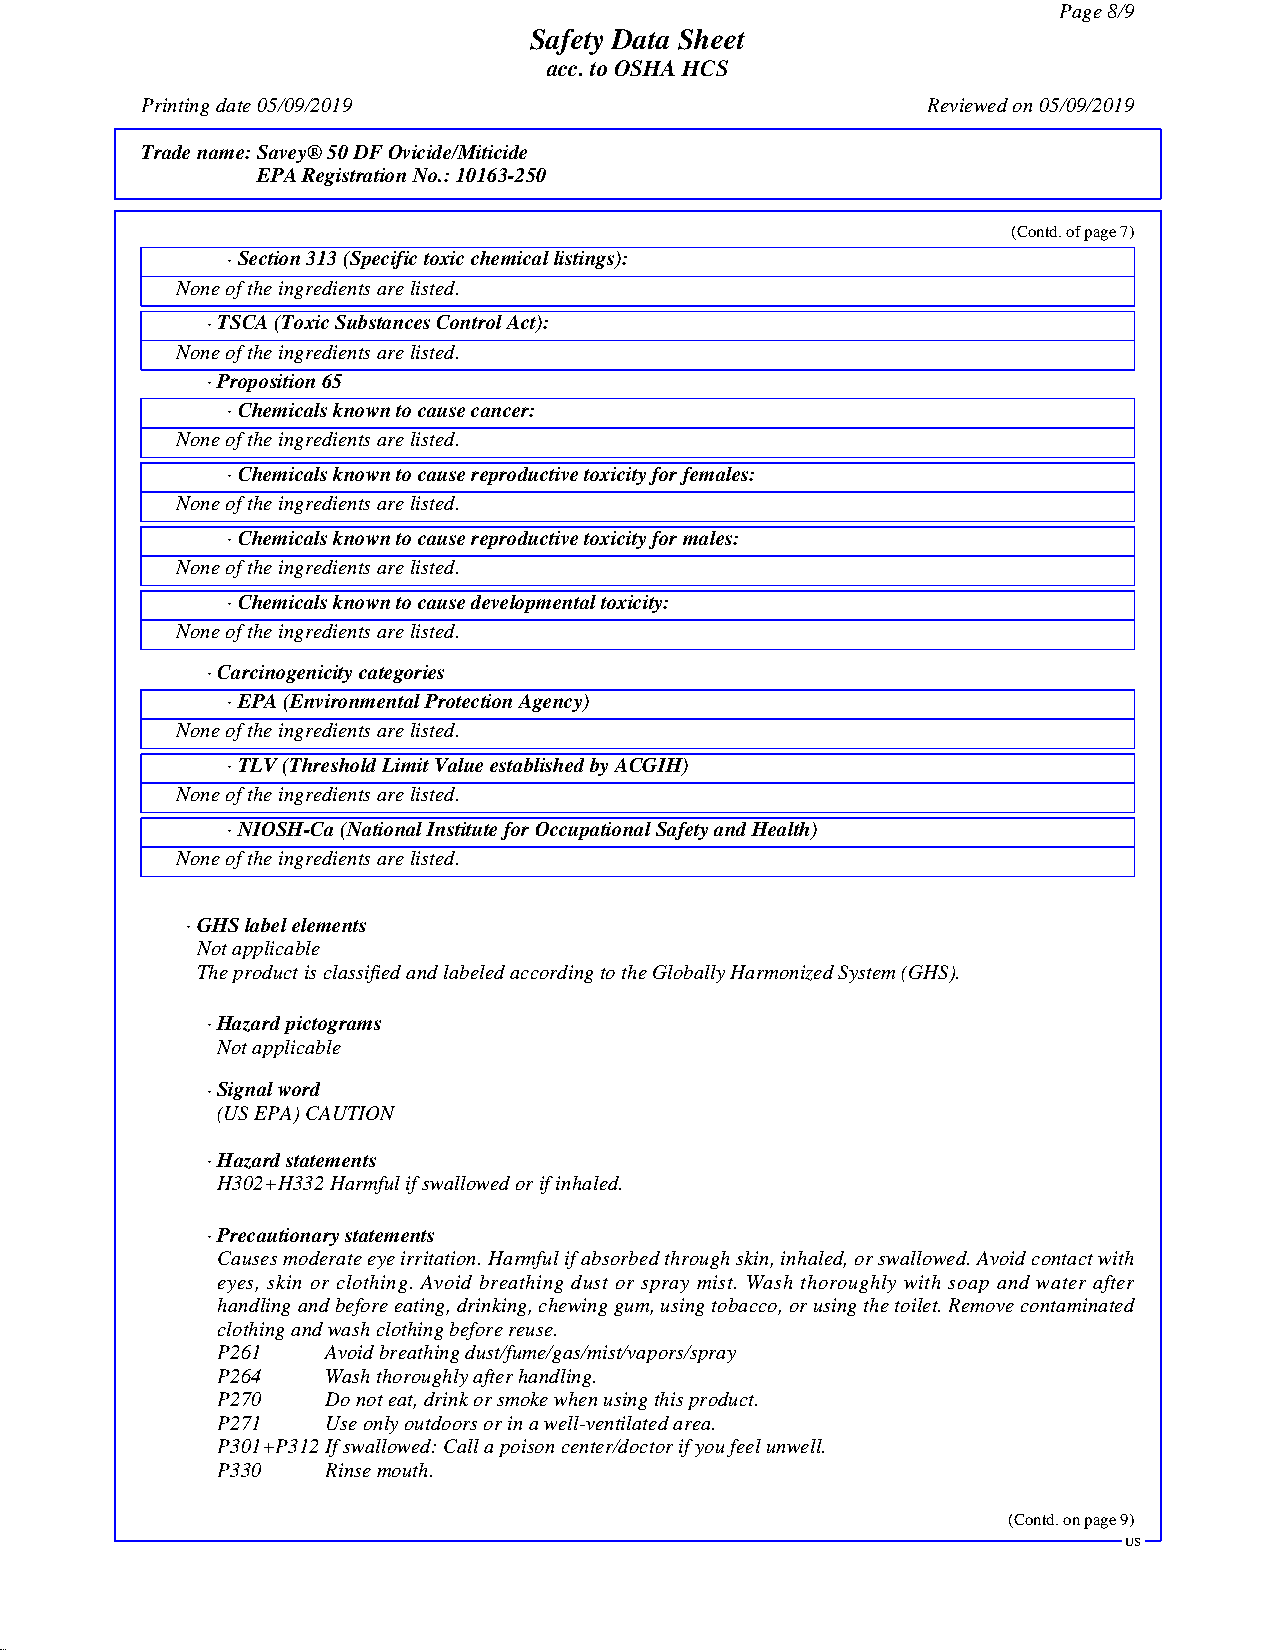
Page8/9
 Safety Data Sheet
 acc.toOSHAHCS
 Printingdate05/09/2019                              Reviewedon05/09/2019
 Tradename:Savey®50DFOvicide/Miticide
 EPARegistrationNo.:10163-250
 (Contd.ofpage7)
 ·Section313(Specifictoxicchemicallistings):
 Noneoftheingredientsarelisted.
 ·TSCA(ToxicSubstancesControlAct):
 Noneoftheingredientsarelisted.
 ·Proposition65
 ·Chemicalsknowntocausecancer:
 Noneoftheingredientsarelisted.
 ·Chemicalsknowntocausereproductivetoxicityforfemales:
 Noneoftheingredientsarelisted.
 ·Chemicalsknowntocausereproductivetoxicityformales:
 Noneoftheingredientsarelisted.
 ·Chemicalsknowntocausedevelopmentaltoxicity:
 Noneoftheingredientsarelisted.
 ·Carcinogenicitycategories
 ·EPA(EnvironmentalProtectionAgency)
 Noneoftheingredientsarelisted.
 ·TLV(ThresholdLimitValueestablishedbyACGIH)
 Noneoftheingredientsarelisted.
 ·NIOSH-Ca(NationalInstituteforOccupationalSafetyandHealth)
 Noneoftheingredientsarelisted.
 ·GHSlabelelements
 Notapplicable
 TheproductisclassifiedandlabeledaccordingtotheGloballyHarmonizedSystem(GHS).
 ·Hazardpictograms
 Notapplicable
 ·Signalword
 (USEPA)CAUTION
 ·Hazardstatements
 H302+H332Harmfulifswallowedorifinhaled.
 ·Precautionarystatements
 Causesmoderateeyeirritation.Harmfulifabsorbedthroughskin,inhaled,orswallowed.Avoidcontactwith
 eyes, skin or clothing. Avoid breathing dust or spray mist. Wash thoroughly with soap and water after
 handlingandbeforeeating,drinking,chewinggum,usingtobacco,orusingthetoilet.Removecontaminated
 clothingandwashclothingbeforereuse.
 P261    Avoidbreathingdust/fume/gas/mist/vapors/spray
 P264    Washthoroughlyafterhandling.
 P270    Donoteat,drinkorsmokewhenusingthisproduct.
 P271    Useonlyoutdoorsorinawell-ventilatedarea.
 P301+P312Ifswallowed:Callapoisoncenter/doctorifyoufeelunwell.
 P330    Rinsemouth.
 (Contd.onpage9)
 US
 49.0.12